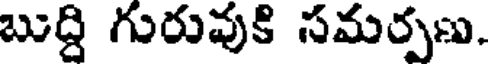
బుద్ది గురువుకి సమర్పణు.